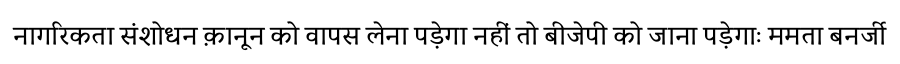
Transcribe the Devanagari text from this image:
नागरिकता संशोधन क़ानून को वापस लेना पड़ेगा नहीं तो बीजेपी को जाना पड़ेगाः ममता बनर्जी